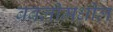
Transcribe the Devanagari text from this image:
बबलीमधील